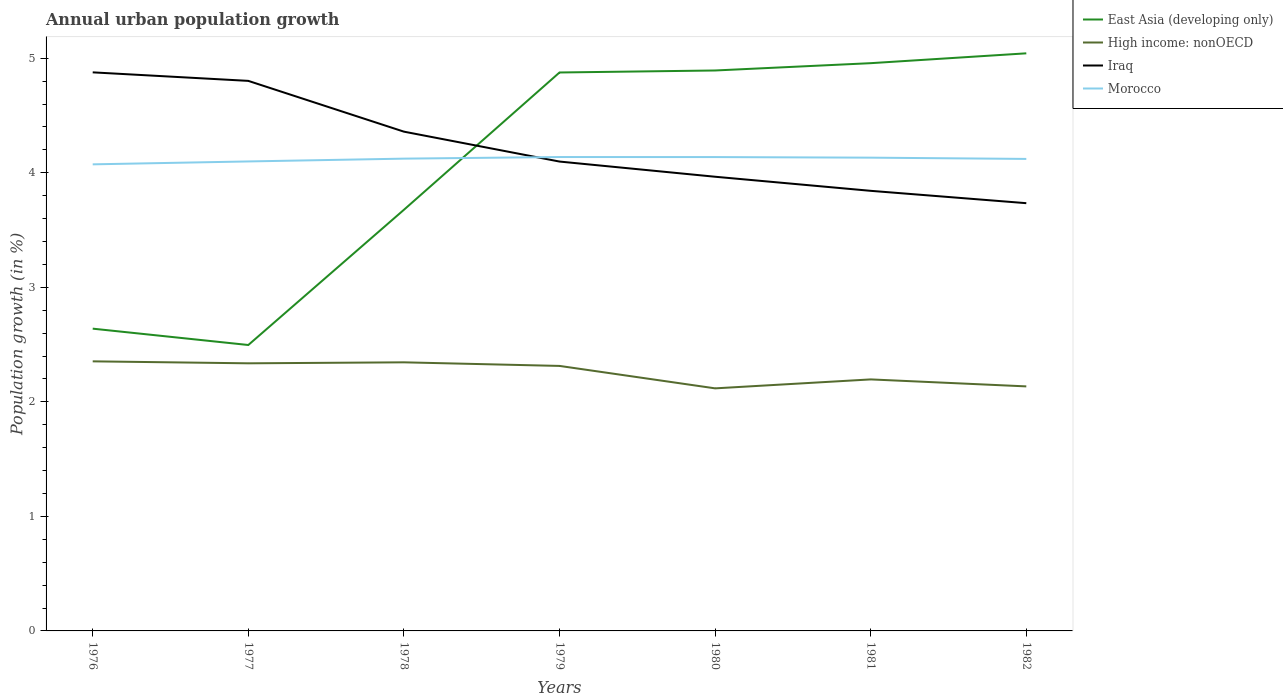
| Years | East Asia (developing only) | High income: nonOECD | Iraq | Morocco |
 | --- | --- | --- | --- | --- |
 | 1976 | 2.64 | 2.35 | 4.88 | 4.07 |
 | 1977 | 2.5 | 2.34 | 4.8 | 4.1 |
 | 1978 | 3.68 | 2.35 | 4.36 | 4.12 |
 | 1979 | 4.88 | 2.31 | 4.1 | 4.14 |
 | 1980 | 4.89 | 2.12 | 3.97 | 4.14 |
 | 1981 | 4.96 | 2.2 | 3.84 | 4.13 |
 | 1982 | 5.04 | 2.13 | 3.73 | 4.12 |